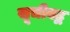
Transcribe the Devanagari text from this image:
सूचीबद्ब